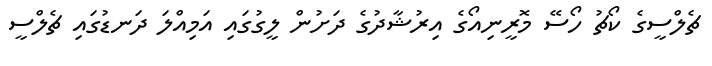
ޗެލްސީގެ ކޯޗު ހޯސޭ މޮރީނިއޯގެ އިރުޝާދުގެ ދަށުން ލީގުގައި އަމިއްލަ ދަނޑުގައި ޗެލްސީ